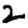
Digit: 2